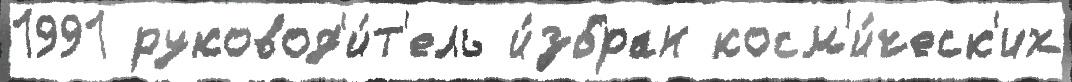
1991 руковод'и́т'ель и́збран косм'и́ческ'их